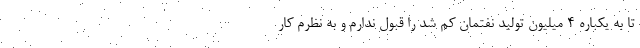
تا به یکباره ۴ میلیون تولید نفتمان کم شد را قبول ندارم و به نظرم کار